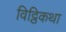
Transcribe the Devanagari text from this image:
विट्ठिकथा